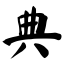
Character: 典